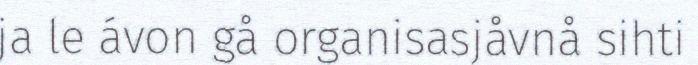
ja le ávon gå organisasjåvnå sihti